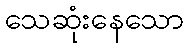
သေဆုံးနေသော